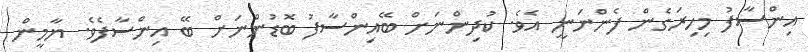
އިންސާފު މިހިރަގެން ފެންނަނީ އެވެ. ކުދިންނަށް ބޭއިންސާފު ބޮޑުންނަށް ބޭ އިންސާފެވެ. ޔާމީން